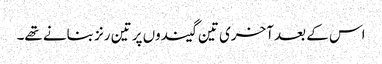
اس کے بعد آخری تین گیندوں پر تین رنز بنانے تھے۔